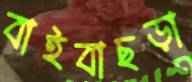
বাইবাছড়া